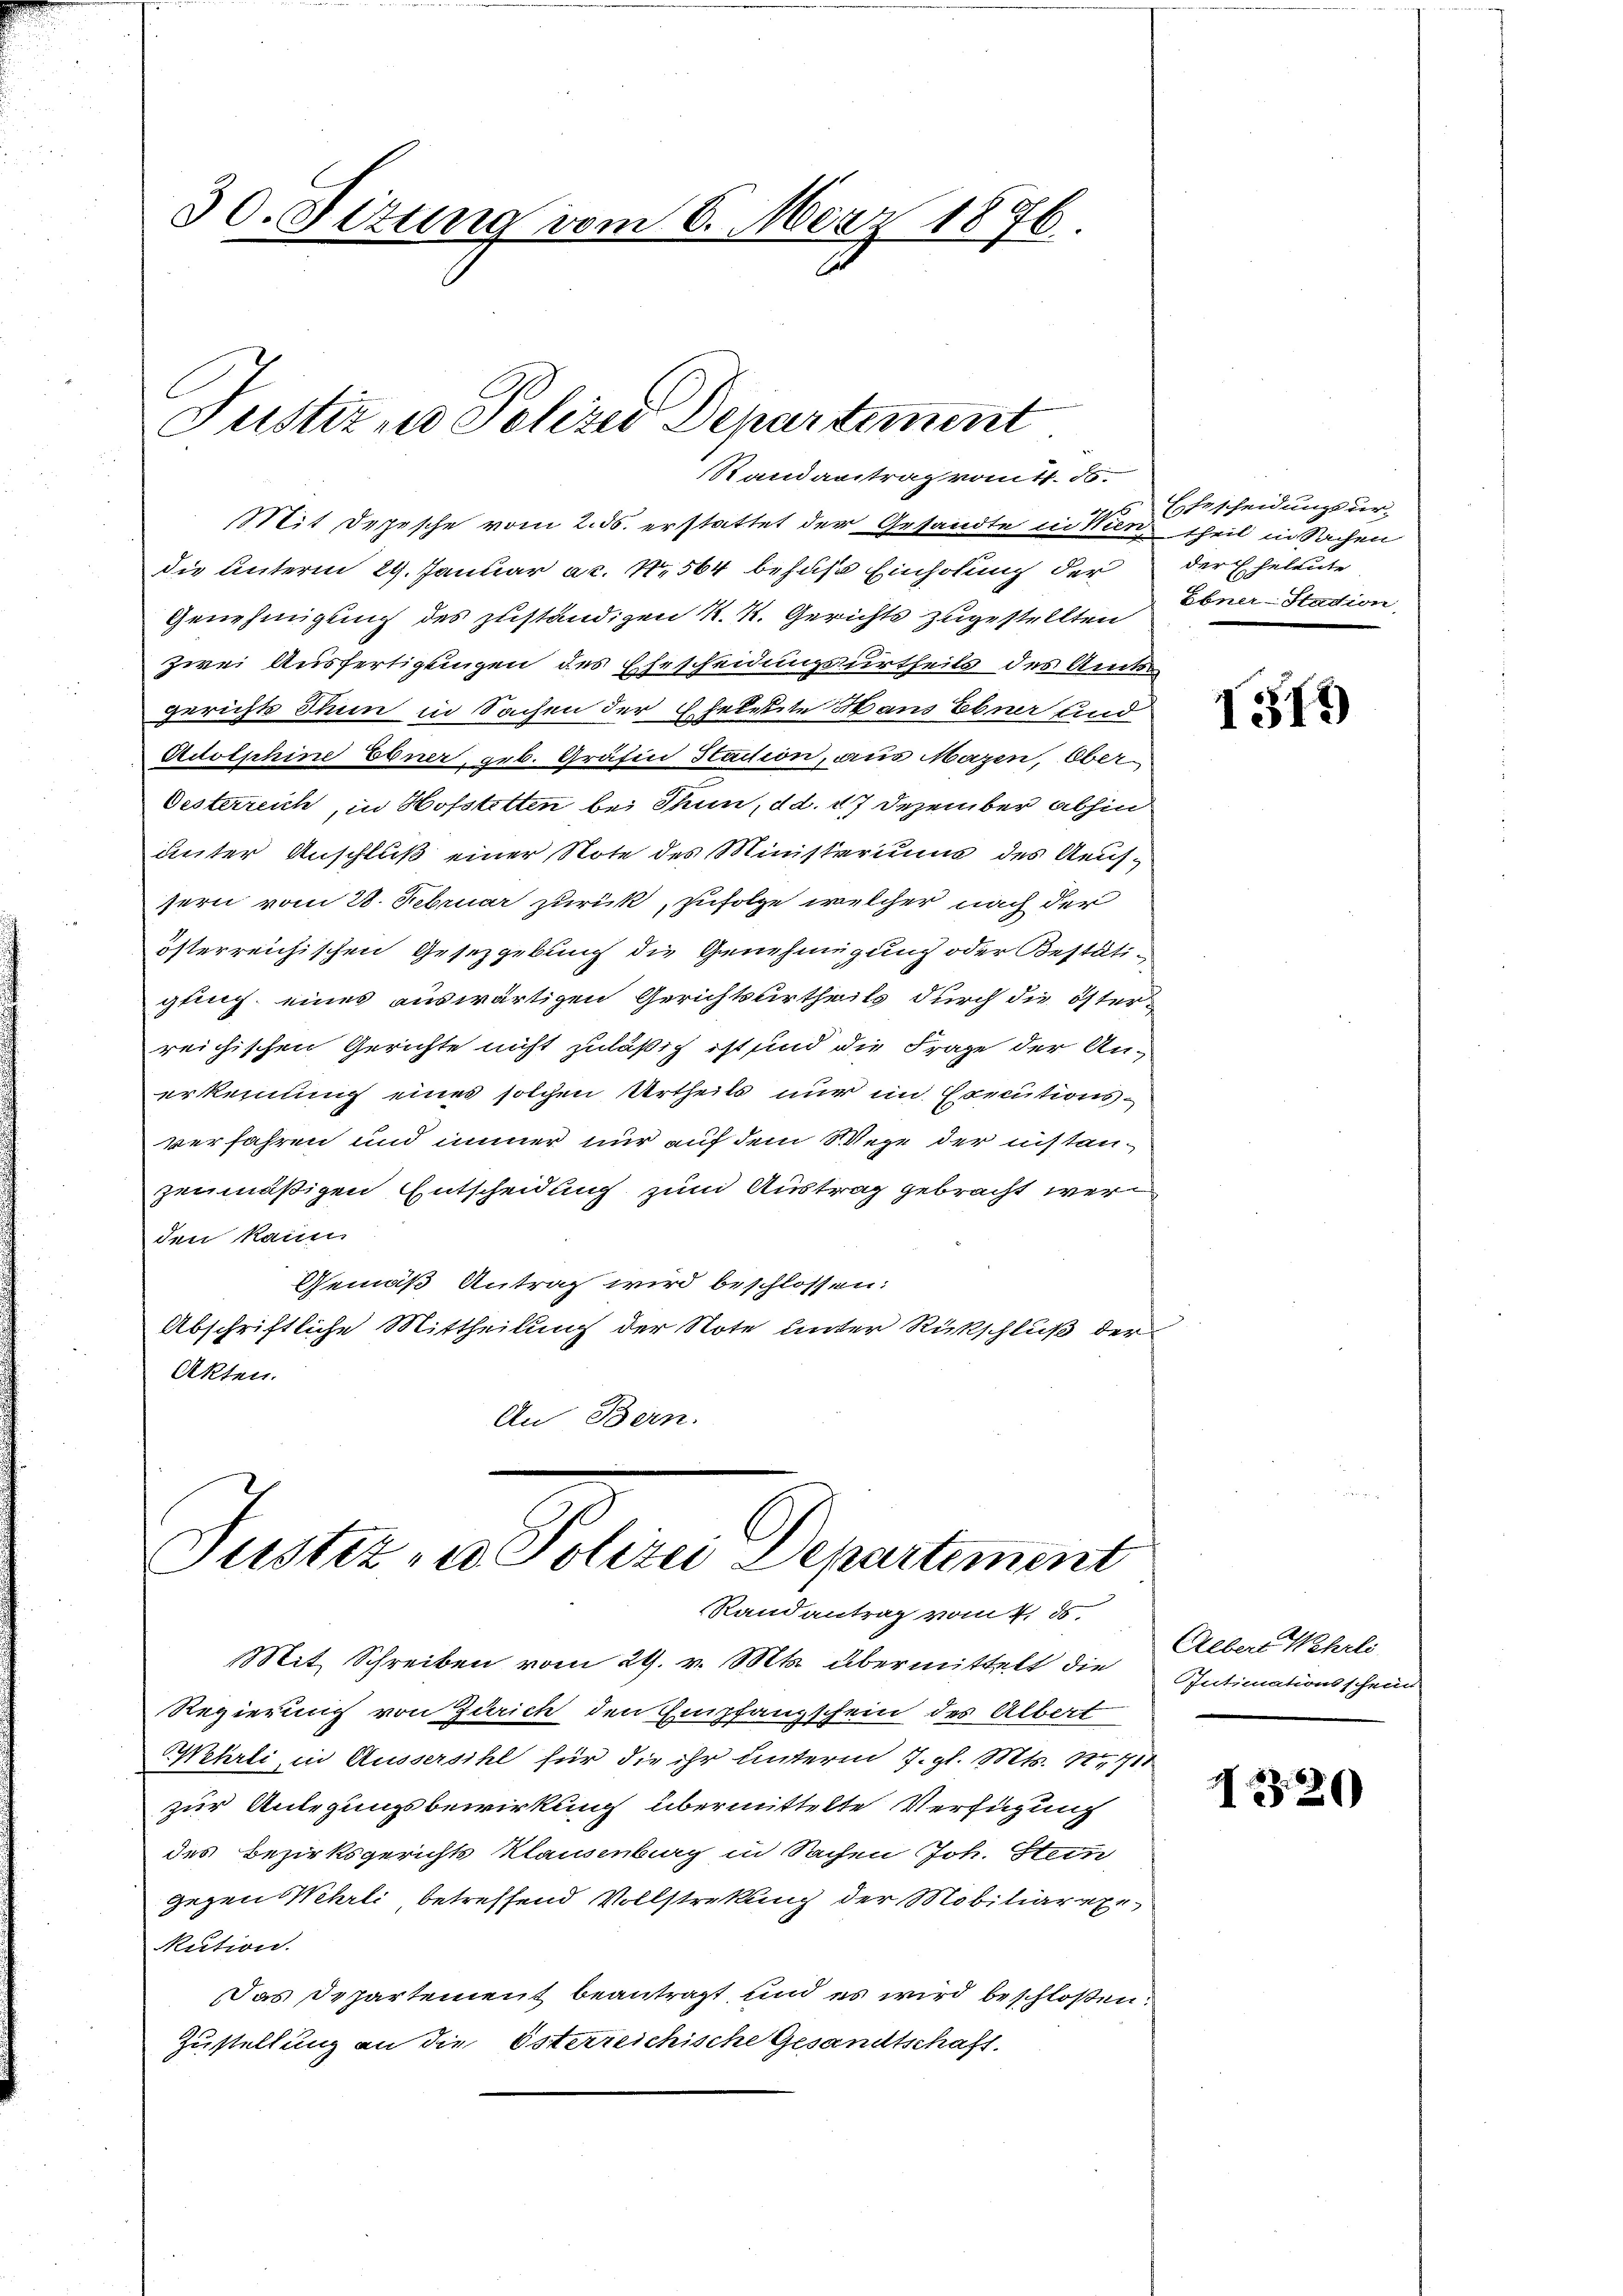
30. Situng vom 6. März 1876

Justiz in Polizei Departiment
Randantrag vomts. S.

Justiz in Polizei Departement
Randantrag vom 4. ds.

Mit Depesche vom 2. ds. erstattet der Gesandte in Sie theil in Sachen
die Unterm 29. Januar ac. N. 564 behufs Einholung der
Genehmigung des zuständigen K. K. Gerichts zugestellten
zwei Ausfertigungen des Ehescheidungsurtheils des Amts-
gerichts Thun in Sachen der Eheleute Haus Ebner und
Adolphine Ebner, geb. Gräfin Stadion, aus Mazen, Ober¬
Oesterreich, in Hofstetten bei Thun, d d. 17 Dezember abhin
unter Anschluß einer Note des Ministeriums des Aeufsern vom 28. Februar zurück, zufolge welcher nach der
österreichischen Gesetzgebung die Genehmigung oder Bestäti-
gung eines auswärtigen Gerichtsurtheils durch die österreichischen Gerichte nicht zuläßig ist und die Frage der Anerkennung eines solchen Urtheils nur im Executionsverfahren und immer nur auf dem Wege der instanzenmäßigen Entscheidung zum Austrag gebracht werden kann
Gemäß Antrag wird beschlossen:
Abschriftliche Mittheilung der Note unter Rückschluß der
Akten.
An Bern.

Mit Schreiben vom 29. v. Mts. übermittelt die Intimationsschein
Regierung von Zürich den Empfangschein des Albert
Wehrli, in Aussersihl für die ihr unterm 7. gl. Mts. 12. 711
zur Anlegungsbewirkung übermittelte Verfügung
des Bezirksgerichts Klausenburg in Sachen Joh. Stein
gegen Wehrli betreffend Vollstreckung der Mobiliarexe
Rution.
Das Departement beantragt, und es wird beschloßen:
Zustellung an die Osterreichische Gesandtschaft.

Ehescheidungsurder Eheleute
Ebner-Stadion,

1319)

Aeber Wehrli

I326)